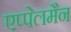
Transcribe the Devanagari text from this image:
एप्पेलमैन